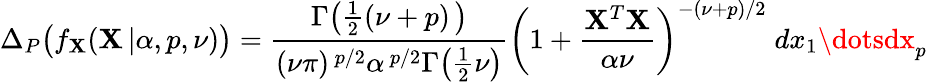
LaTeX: \Delta_{P}{\big(}f_{\mathbf{X}}(\mathbf{X}\, |\alpha,p,\nu){\big)}={\frac{{\Gamma{\big(}{\frac{{1}}{{2}}}(\nu+p)\, {\big)}}}{{(\nu\pi)^{\, p/2}\alpha^{\, p/2}\Gamma{\big(}{\frac{{1}}{{2}}}\nu{\big)}}}}{\bigg(}1+{\frac{{\mathbf{X}^{T}\mathbf{X}}}{{\alpha\nu}}}{\bigg)}^{-(\nu+p)/2}\; dx_{1}\dotsdx_{p}